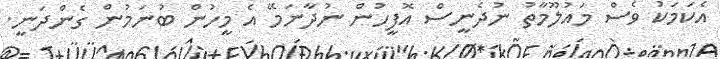
އެކަމަކު ވެސް މައުލޫމާތު ނުދެނީސް އޮފީހުން ނުދާނަމޭ އެ މީހުން ބުނަމުން ގެންދަނީ.